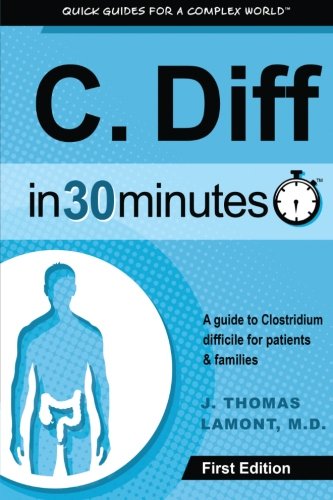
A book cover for C. Diff In 30 Minutes: A Guide To Clostridium Difficile For Patients & Families; J. Thomas Lamont; Health, Fitness & Dieting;